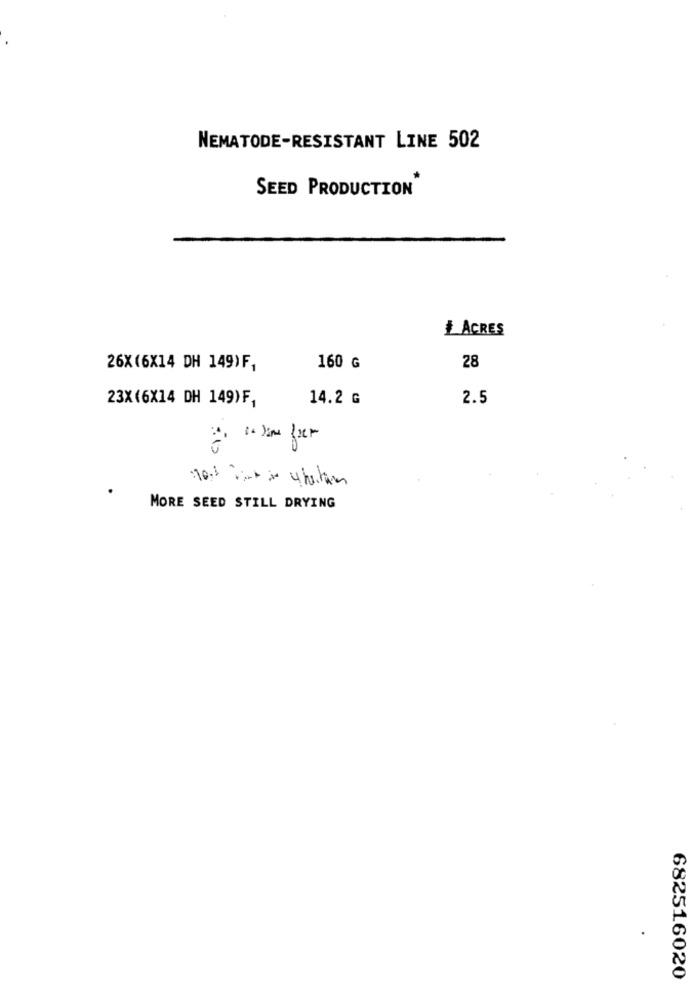
NEMATODE-RESISTANT LINE 502
SEED PRODUCTION
+ACRES
28
26X (6X14 DH 149)F,
160 G
23X (6X14 DH 149)F,
14.2 G
2.5
MORE SEED STILL DRYING
682516020